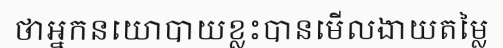
ថាអ្នកនយោបាយខ្លះបានមើលងាយតម្លៃ